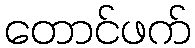
တောင်ဖက်